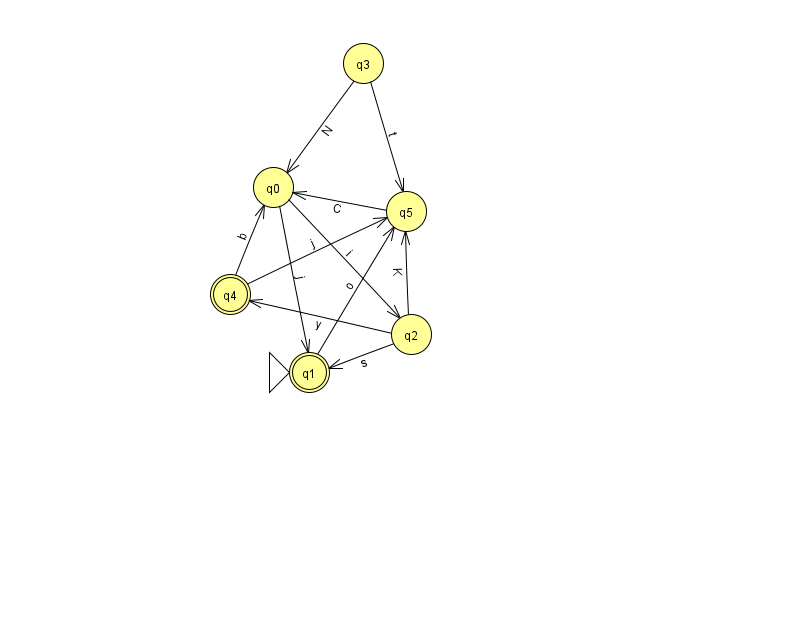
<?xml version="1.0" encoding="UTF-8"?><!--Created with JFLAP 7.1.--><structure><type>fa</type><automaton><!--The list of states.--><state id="0" name="q0"><x>273.0</x><y>174.0</y></state><state id="1" name="q1"><x>309.0</x><y>359.0</y><initial/><final/></state><state id="2" name="q2"><x>411.0</x><y>321.0</y></state><state id="3" name="q3"><x>363.0</x><y>50.0</y></state><state id="4" name="q4"><x>230.0</x><y>281.0</y><final/></state><state id="5" name="q5"><x>406.0</x><y>198.0</y></state><!--The list of transitions.--><transition><from>2</from><to>5</to><read>K</read></transition><transition><from>0</from><to>2</to><read>i</read></transition><transition><from>5</from><to>0</to><read>C</read></transition><transition><from>3</from><to>5</to><read>t</read></transition><transition><from>4</from><to>5</to><read>j</read></transition><transition><from>1</from><to>5</to><read>o</read></transition><transition><from>2</from><to>4</to><read>y</read></transition><transition><from>4</from><to>0</to><read>b</read></transition><transition><from>2</from><to>1</to><read>s</read></transition><transition><from>3</from><to>0</to><read>N</read></transition><transition><from>0</from><to>1</to><read>j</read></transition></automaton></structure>